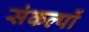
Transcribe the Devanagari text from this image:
संकल्‍पों